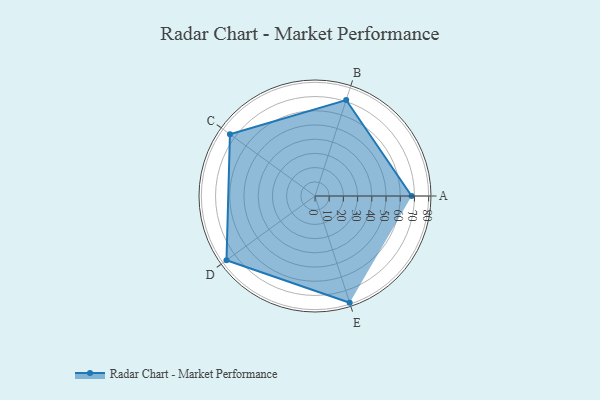
{"axis": {"x": "Skill", "y": "Score"}, "legend": ["Profile"], "data": [{"x": "A", "y": 68.0, "type": "Profile"}, {"x": "B", "y": 71.0, "type": "Profile"}, {"x": "C", "y": 74.0, "type": "Profile"}, {"x": "D", "y": 77.0, "type": "Profile"}, {"x": "E", "y": 79.0, "type": "Profile"}]}